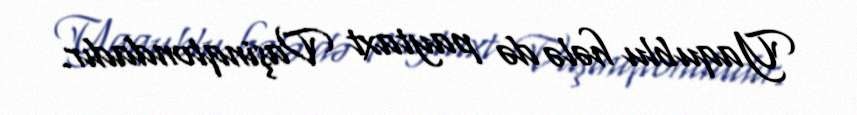
Yaqublu hələ də paytaxt Vaşinqtondadır.